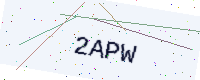
Text: 2APW